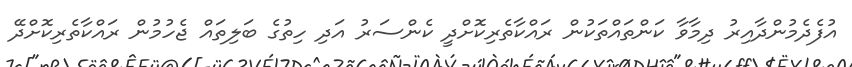
އުފެދެމުންދާއިރު ދިމާވާ ކަންތައްތަކުން ރައްކާތެރިކޮށްދީ ކެންސަރު އަދި ހިތުގެ ބަލިތައް ޖެހުމުން ރައްކާތެރިކޮށްދޭ